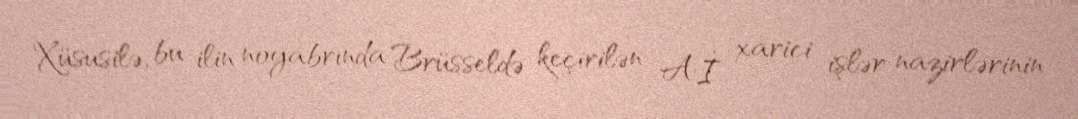
Xüsusilə, bu ilin noyabrında Brüsseldə keçirilən Aİ xarici işlər nazirlərinin